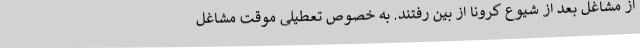
از مشاغل بعد از شیوع کرونا از بین رفتند. به خصوص تعطیلیِ موقتِ مشاغل